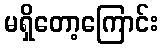
မရှိတော့ကြောင်း